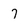
Character: 7